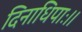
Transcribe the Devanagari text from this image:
दिनाधिपाः।।